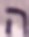
ה